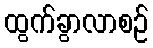
ထွက်ခွာလာစဉ်